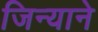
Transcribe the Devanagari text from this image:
जिन्याने